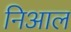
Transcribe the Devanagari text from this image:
निआल